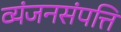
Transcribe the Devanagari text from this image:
व्यंजनसंपत्ति